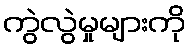
ကွဲလွဲမှုများကို